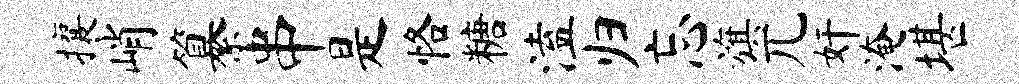
攘峭纂串是恪糖溘归忘旗兀奸淹堪